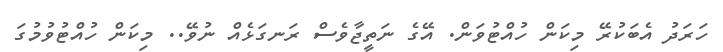
ހަރަދު އެބަކުރޭ މިކަން ހުއްޓުވަން. އޭގެ ނަތީޖާވެސް ރަނގަޅެއް ނުވޭ.. މިކަން ހުއްޓުވުމުގަ